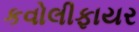
કવોલીફાયર